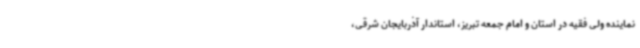
نماینده ولی فقیه در استان و امام جمعه تبریز، استاندار آذربایجان شرقی،